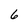
Character: 6